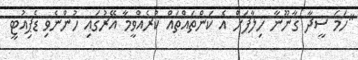
"ހަމަ ސީދާ ގާނޫނާ ހިލާފަށް އެ ކަންތައްތައް ކުރެއްވީމާ އޭރުގައި ހުންނެވި ޑެޕިއުޓީ